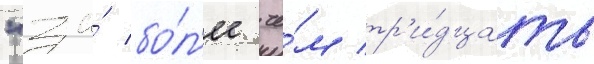
"за́ бо́л'ее че́м тр'и́дцать